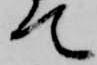
て